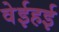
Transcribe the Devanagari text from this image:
वेईहई